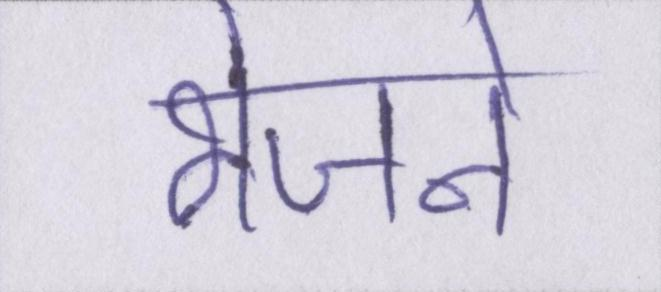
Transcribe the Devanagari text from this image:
भेजने